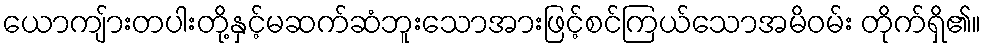
ယောကျ်ားတပါးတို့နှင့်မဆက်ဆံဘူးသောအားဖြင့်စင်ကြယ်သောအမိဝမ်း တိုက်ရှိ၏။